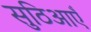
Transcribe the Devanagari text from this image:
सुठिआएँ